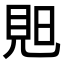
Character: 𧠗